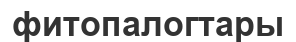
фитопалогтары